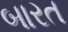
બારત